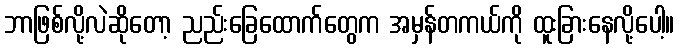
ဘာဖြစ်လို့လဲဆိုတော့ ညည်းခြေထောက်တွေက အမှန်တကယ်ကို ထူးခြားနေလို့ပေါ့။